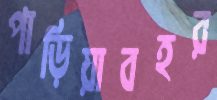
পাড়িয়াবহর